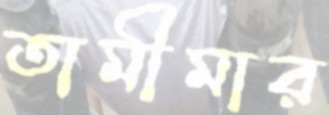
তামীমার